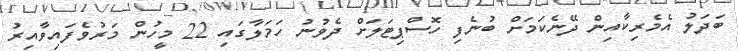
ބަދަލު އެމެރިކާއިން ދޭނެކަމަށް ބުނެފި ހޮސްޕިޓަލަށް ދެވުނު ހަމަލާގައި 22 މީހުން މަރުވެފައިވާއިރު